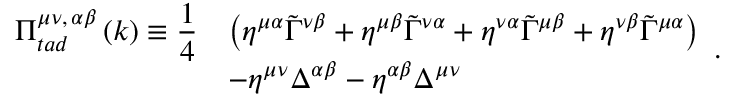
\begin{array} { l l l } { { \Pi _ { t a d } ^ { \mu \nu , \, \alpha \beta } \left( k \right) \equiv \displaystyle { \frac { 1 } { 4 } } } } & { { \left( \eta ^ { \mu \alpha } \tilde { \Gamma } ^ { \nu \beta } + \eta ^ { \mu \beta } \tilde { \Gamma } ^ { \nu \alpha } + \eta ^ { \nu \alpha } \tilde { \Gamma } ^ { \mu \beta } + \eta ^ { \nu \beta } \tilde { \Gamma } ^ { \mu \alpha } \right) } } \\ { { } } & { { - \eta ^ { \mu \nu } \Delta ^ { \alpha \beta } - \eta ^ { \alpha \beta } \Delta ^ { \mu \nu } } } \end{array} .